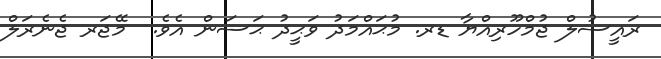
ރައީސުލް ޖުމްހޫރިއްޔާ ޑރ. މުޙައްމަދު ވަޙީދު ޙަސަން އެވެ.  މޭޖަރ ޖެނެރަލް